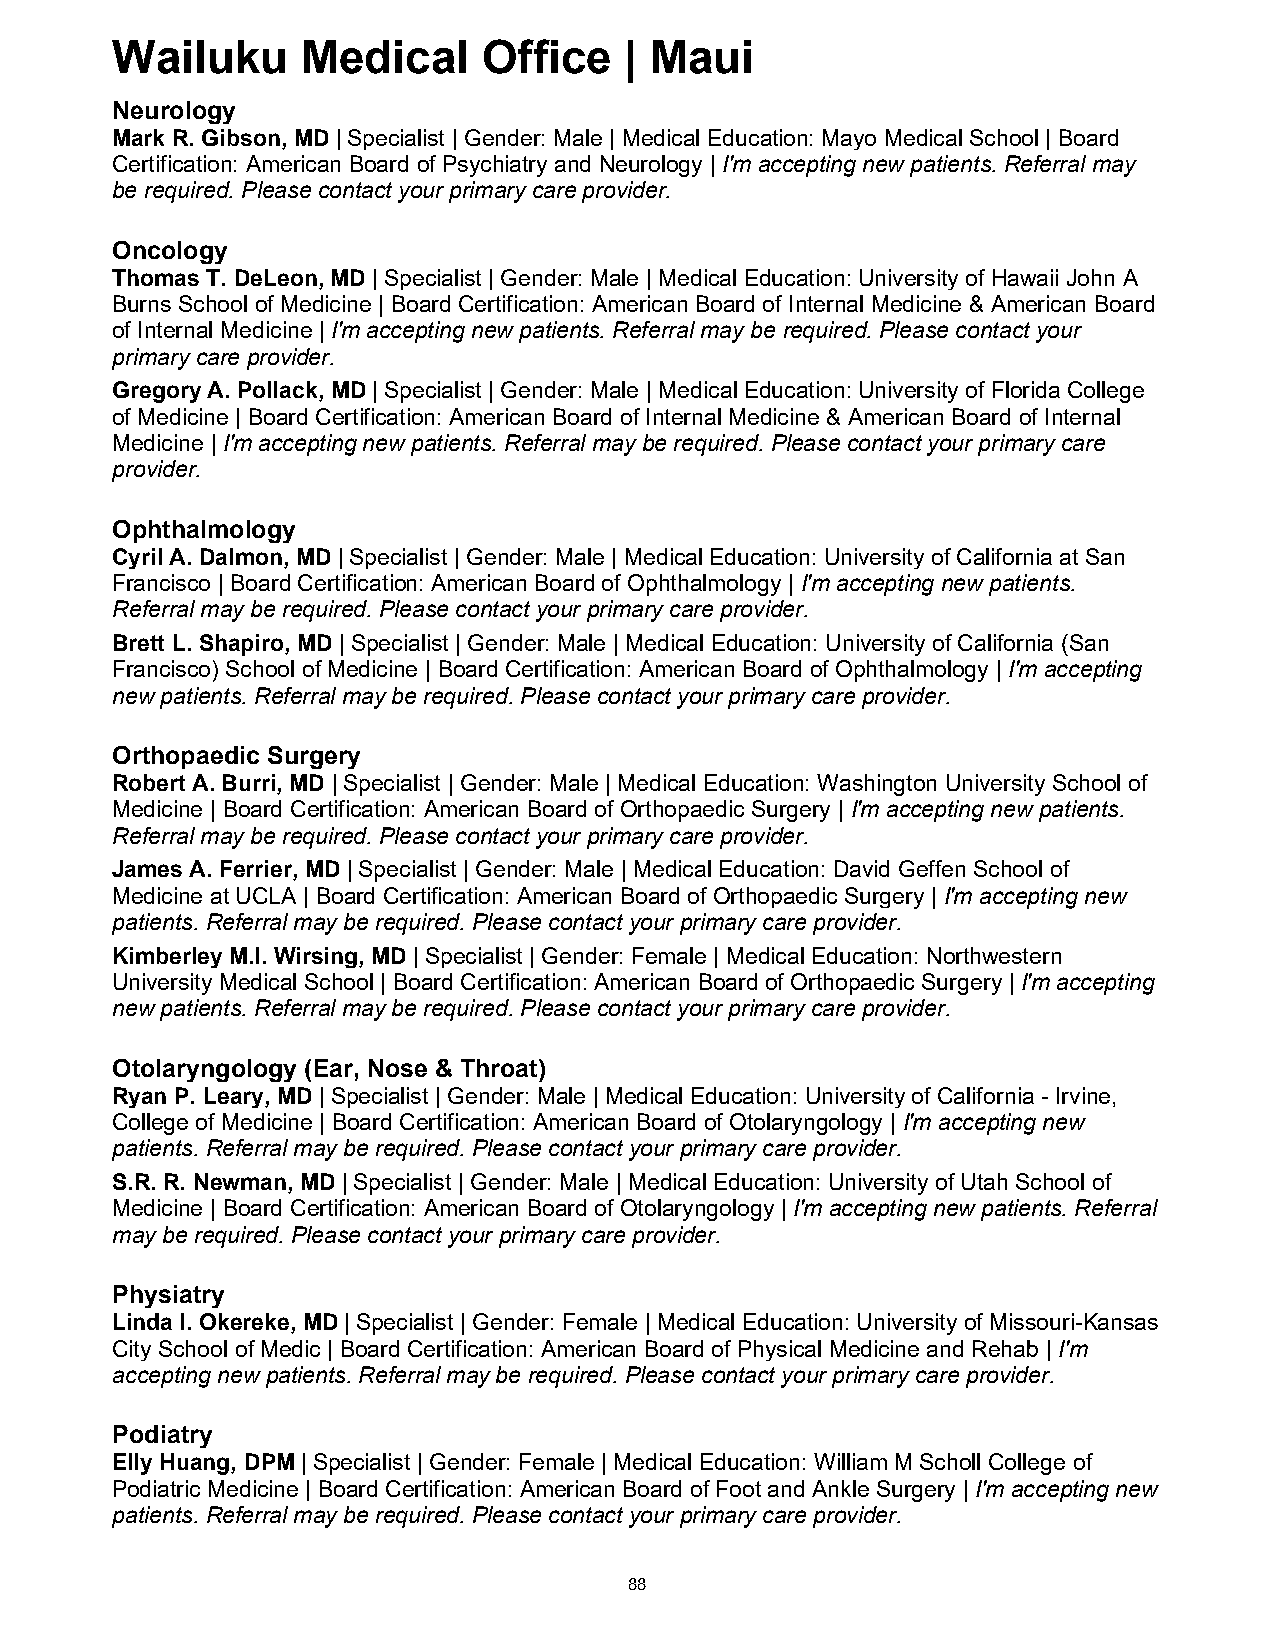
Wailuku      Medical     Office   | Maui
 Neurology
 Mark R. Gibson, MD | Specialist | Gender: Male | Medical Education: Mayo Medical School | Board
 Certification: American Board of Psychiatry and Neurology | I'm accepting new patients. Referral may
 be required. Please contact your primary care provider.
 Oncology
 Thomas T. DeLeon, MD | Specialist | Gender: Male | Medical Education: University of Hawaii John A
 Burns School of Medicine | Board Certification: American Board of Internal Medicine & American Board
 of Internal Medicine | I'm accepting new patients. Referral may be required. Please contact your
 primary care provider.
 Gregory A. Pollack, MD | Specialist | Gender: Male | Medical Education: University of Florida College
 of Medicine | Board Certification: American Board of Internal Medicine & American Board of Internal
 Medicine | I'm accepting new patients. Referral may be required. Please contact your primary care
 provider.
 Ophthalmology
 Cyril A. Dalmon, MD | Specialist | Gender: Male | Medical Education: University of California at San
 Francisco | Board Certification: American Board of Ophthalmology | I'm accepting new patients.
 Referral may be required. Please contact your primary care provider.
 Brett L. Shapiro, MD | Specialist | Gender: Male | Medical Education: University of California (San
 Francisco) School of Medicine | Board Certification: American Board of Ophthalmology | I'm accepting
 new patients. Referral may be required. Please contact your primary care provider.
 Orthopaedic Surgery
 Robert A. Burri, MD | Specialist | Gender: Male | Medical Education: Washington University School of
 Medicine | Board Certification: American Board of Orthopaedic Surgery | I'm accepting new patients.
 Referral may be required. Please contact your primary care provider.
 James A. Ferrier, MD | Specialist | Gender: Male | Medical Education: David Geffen School of
 Medicine at UCLA | Board Certification: American Board of Orthopaedic Surgery | I'm accepting new
 patients. Referral may be required. Please contact your primary care provider.
 Kimberley M.I. Wirsing, MD | Specialist | Gender: Female | Medical Education: Northwestern
 University Medical School | Board Certification: American Board of Orthopaedic Surgery | I'm accepting
 new patients. Referral may be required. Please contact your primary care provider.
 Otolaryngology (Ear, Nose & Throat)
 Ryan P. Leary, MD | Specialist | Gender: Male | Medical Education: University of California - Irvine,
 College of Medicine | Board Certification: American Board of Otolaryngology | I'm accepting new
 patients. Referral may be required. Please contact your primary care provider.
 S.R. R. Newman, MD | Specialist | Gender: Male | Medical Education: University of Utah School of
 Medicine | Board Certification: American Board of Otolaryngology | I'm accepting new patients. Referral
 may be required. Please contact your primary care provider.
 Physiatry
 Linda I. Okereke, MD | Specialist | Gender: Female | Medical Education: University of Missouri-Kansas
 City School of Medic | Board Certification: American Board of Physical Medicine and Rehab | I'm
 accepting new patients. Referral may be required. Please contact your primary care provider.
 Podiatry
 Elly Huang, DPM | Specialist | Gender: Female | Medical Education: William M Scholl College of
 Podiatric Medicine | Board Certification: American Board of Foot and Ankle Surgery | I'm accepting new
 patients. Referral may be required. Please contact your primary care provider.
 88